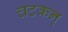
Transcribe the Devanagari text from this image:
चटकन्